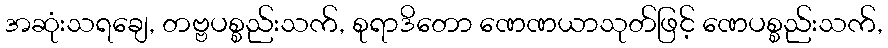
အဆုံးသရချေ, တဗ္ဗပစ္စည်းသက်, စုရာဒိတော ဏေဏယာသုတ်ဖြင့် ဏေပစ္စည်းသက်,